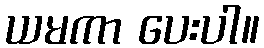
ယမကာ ပေးပါ။